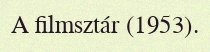
A filmsztár (1953).